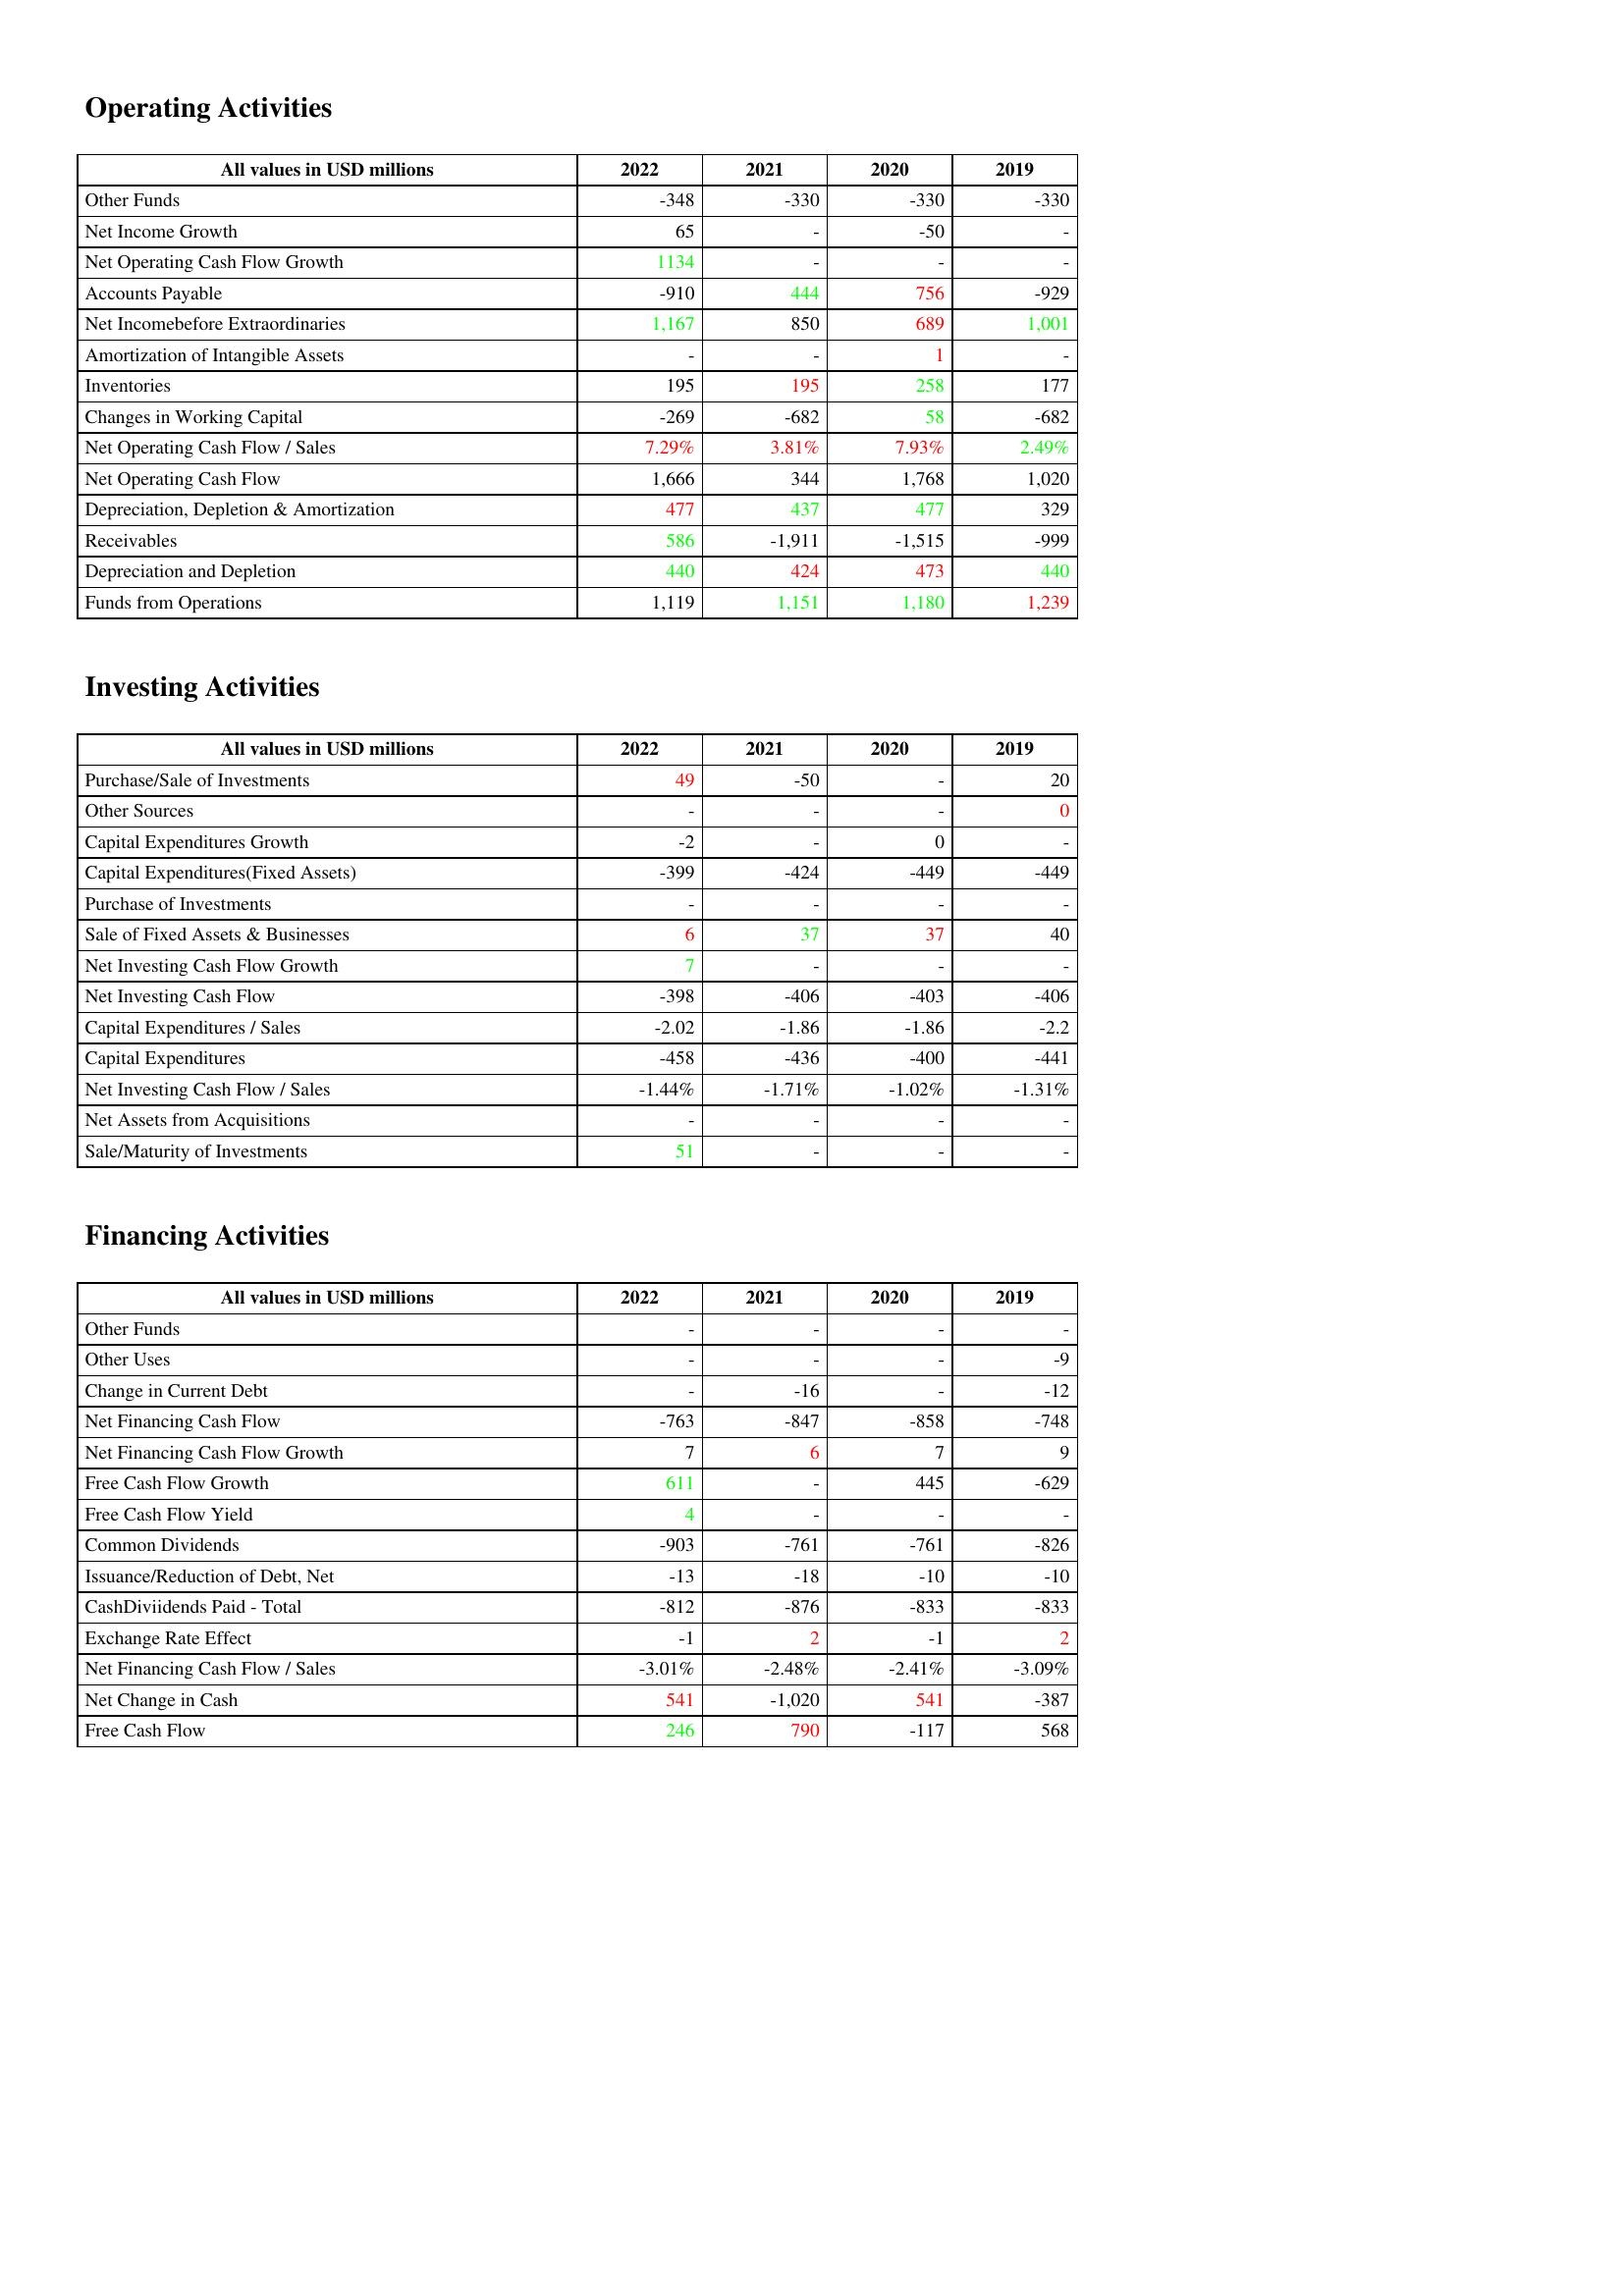
gt_parse: 2022: Operating Activities: Other Funds: -348
Net Income Growth: 65
Net Operating Cash Flow Growth: 1134
Accounts Payable: -910
Net Incomebefore Extraordinaries: 1,167
Amortization of Intangible Assets: -
Inventories: 195
Changes in Working Capital: -269
Net Operating Cash Flow / Sales: 7.29%
Net Operating Cash Flow: 1,666
Depreciation, Depletion & Amortization: 477
Receivables: 586
Depreciation and Depletion: 440
Funds from Operations: 1,119
Investing Activities: Purchase/Sale of Investments: 49
Other Sources: -
Capital Expenditures Growth: -2
Capital Expenditures(Fixed Assets): -399
Purchase of Investments: -
Sale of Fixed Assets & Businesses: 6
Net Investing Cash Flow Growth: 7
Net Investing Cash Flow: -398
Capital Expenditures / Sales: -2.02
Capital Expenditures: -458
Net Investing Cash Flow / Sales: -1.44%
Net Assets from Acquisitions: -
Sale/Maturity of Investments: 51
Financing Activities: Other Funds: -
Other Uses: -
Change in Current Debt: -
Net Financing Cash Flow: -763
Net Financing Cash Flow Growth: 7
Free Cash Flow Growth: 611
Free Cash Flow Yield: 4
Common Dividends: -903
Issuance/Reduction of Debt, Net: -13
CashDiviidends Paid - Total: -812
Exchange Rate Effect: -1
Net Financing Cash Flow / Sales: -3.01%
Net Change in Cash: 541
Free Cash Flow: 246
2021: Operating Activities: Other Funds: -330
Net Income Growth: -
Net Operating Cash Flow Growth: -
Accounts Payable: 444
Net Incomebefore Extraordinaries: 850
Amortization of Intangible Assets: -
Inventories: 195
Changes in Working Capital: -682
Net Operating Cash Flow / Sales: 3.81%
Net Operating Cash Flow: 344
Depreciation, Depletion & Amortization: 437
Receivables: -1,911
Depreciation and Depletion: 424
Funds from Operations: 1,151
Investing Activities: Purchase/Sale of Investments: -50
Other Sources: -
Capital Expenditures Growth: -
Capital Expenditures(Fixed Assets): -424
Purchase of Investments: -
Sale of Fixed Assets & Businesses: 37
Net Investing Cash Flow Growth: -
Net Investing Cash Flow: -406
Capital Expenditures / Sales: -1.86
Capital Expenditures: -436
Net Investing Cash Flow / Sales: -1.71%
Net Assets from Acquisitions: -
Sale/Maturity of Investments: -
Financing Activities: Other Funds: -
Other Uses: -
Change in Current Debt: -16
Net Financing Cash Flow: -847
Net Financing Cash Flow Growth: 6
Free Cash Flow Growth: -
Free Cash Flow Yield: -
Common Dividends: -761
Issuance/Reduction of Debt, Net: -18
CashDiviidends Paid - Total: -876
Exchange Rate Effect: 2
Net Financing Cash Flow / Sales: -2.48%
Net Change in Cash: -1,020
Free Cash Flow: 790
2020: Operating Activities: Other Funds: -330
Net Income Growth: -50
Net Operating Cash Flow Growth: -
Accounts Payable: 756
Net Incomebefore Extraordinaries: 689
Amortization of Intangible Assets: 1
Inventories: 258
Changes in Working Capital: 58
Net Operating Cash Flow / Sales: 7.93%
Net Operating Cash Flow: 1,768
Depreciation, Depletion & Amortization: 477
Receivables: -1,515
Depreciation and Depletion: 473
Funds from Operations: 1,180
Investing Activities: Purchase/Sale of Investments: -
Other Sources: -
Capital Expenditures Growth: 0
Capital Expenditures(Fixed Assets): -449
Purchase of Investments: -
Sale of Fixed Assets & Businesses: 37
Net Investing Cash Flow Growth: -
Net Investing Cash Flow: -403
Capital Expenditures / Sales: -1.86
Capital Expenditures: -400
Net Investing Cash Flow / Sales: -1.02%
Net Assets from Acquisitions: -
Sale/Maturity of Investments: -
Financing Activities: Other Funds: -
Other Uses: -
Change in Current Debt: -
Net Financing Cash Flow: -858
Net Financing Cash Flow Growth: 7
Free Cash Flow Growth: 445
Free Cash Flow Yield: -
Common Dividends: -761
Issuance/Reduction of Debt, Net: -10
CashDiviidends Paid - Total: -833
Exchange Rate Effect: -1
Net Financing Cash Flow / Sales: -2.41%
Net Change in Cash: 541
Free Cash Flow: -117
2019: Operating Activities: Other Funds: -330
Net Income Growth: -
Net Operating Cash Flow Growth: -
Accounts Payable: -929
Net Incomebefore Extraordinaries: 1,001
Amortization of Intangible Assets: -
Inventories: 177
Changes in Working Capital: -682
Net Operating Cash Flow / Sales: 2.49%
Net Operating Cash Flow: 1,020
Depreciation, Depletion & Amortization: 329
Receivables: -999
Depreciation and Depletion: 440
Funds from Operations: 1,239
Investing Activities: Purchase/Sale of Investments: 20
Other Sources: 0
Capital Expenditures Growth: -
Capital Expenditures(Fixed Assets): -449
Purchase of Investments: -
Sale of Fixed Assets & Businesses: 40
Net Investing Cash Flow Growth: -
Net Investing Cash Flow: -406
Capital Expenditures / Sales: -2.2
Capital Expenditures: -441
Net Investing Cash Flow / Sales: -1.31%
Net Assets from Acquisitions: -
Sale/Maturity of Investments: -
Financing Activities: Other Funds: -
Other Uses: -9
Change in Current Debt: -12
Net Financing Cash Flow: -748
Net Financing Cash Flow Growth: 9
Free Cash Flow Growth: -629
Free Cash Flow Yield: -
Common Dividends: -826
Issuance/Reduction of Debt, Net: -10
CashDiviidends Paid - Total: -833
Exchange Rate Effect: 2
Net Financing Cash Flow / Sales: -3.09%
Net Change in Cash: -387
Free Cash Flow: 568